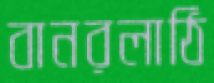
বানরলাঠি